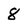
Character: 8